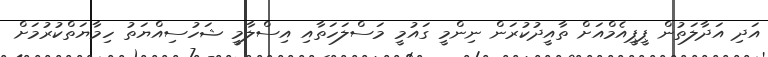
އަދި އަދާލަތުން ޕީޕީއެމްއަށް ތާއީދުކުރަން ނިންމީ ގައުމީ މަސްލަހަތާއި އިސްލާމީ ޝަހުސިއްޔަތު ހިމާޔަތްކުރުމަށް